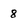
Character: 8